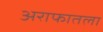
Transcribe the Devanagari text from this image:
अराफातला